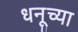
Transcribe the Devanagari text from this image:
धनूच्या